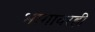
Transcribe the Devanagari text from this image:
भागावरही